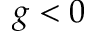
g < 0